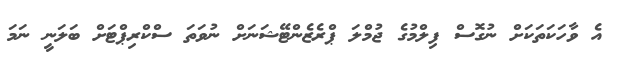
އެ ވާހަކަތަކަށް ނުގޮސް ފިލްމުގެ ޖުމްލަ ޕްރެޒެންޓޭޝަނަށް ނުވަތަ ސްކްރިޕްޓަށް ބަލަނީ ނަމަ